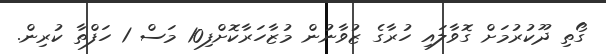
ގޯތި ދޫކުރުމަށް ގޮވާލައި ހުރާގެ ޒުވާނުން މުޒާހަރާކޮށްފި10 މަސް 1 ހަފްތާ ކުރިން.